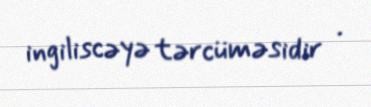
ingiliscəyə tərcüməsidir .